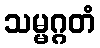
သမ္မဂ္ဂတံ